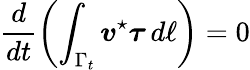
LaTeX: \frac{d}{dt}\left(\int_{\Gamma_{t}}\boldsymbol{v}^{\star}\boldsymbol{\tau}\, d\ell\right)=0